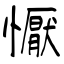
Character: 懨